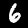
Label: 6